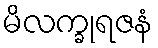
မိလက္ခုရဇနံ